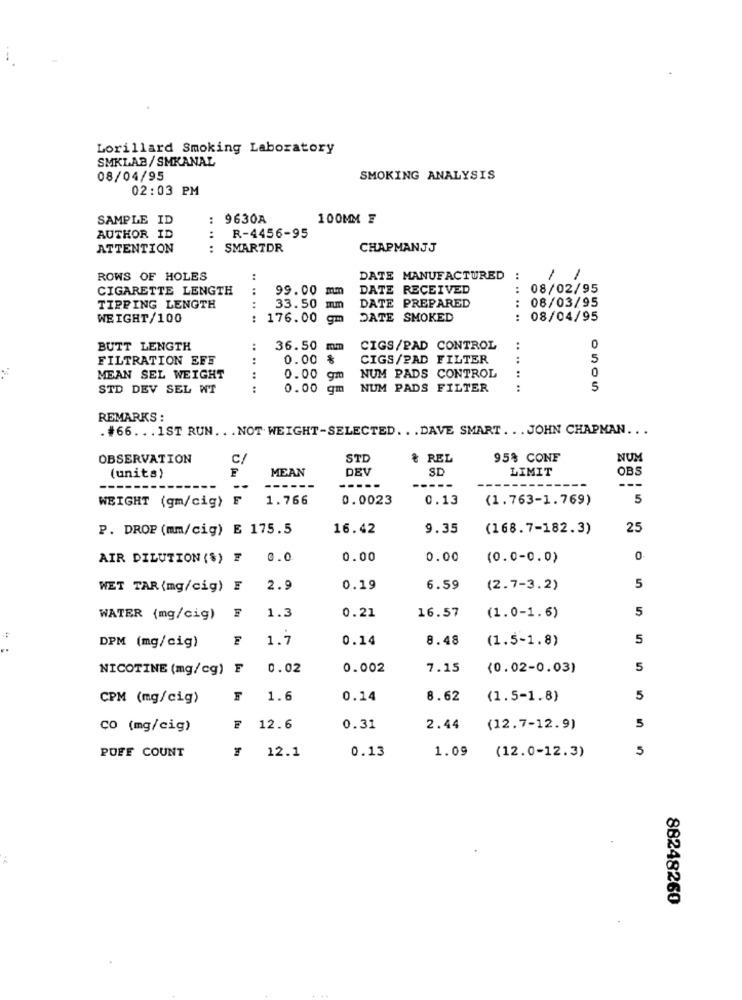
Lorillard Smoking Laboratory
SMKLAB/ SMKANAL
08/04/95
SMOKING ANALYSIS
02:03 PM
SAMPLE ID
9630A
100MM E
R-4456-95
AUTHOR ID
:
ATTENTION
:
SMARTDR
CHAPMANJJ
ROWS OF HOLES
.. ....
DATE MANUFACTURED
:
1
1
CIGARETTE LENGTH
99.00
mm
DATE RECEIVED
..
08/02/95
DATE PREPARED
08/03/95
TIPPING LENGTH
33.50 mm
:
WEIGHT/100
: 176.00 gm
DATE SMOKED
: 08/04/95
BUTT LENGTH
..
36.50 mm
CIGS/PAD CONTROL
..
FILTRATION EFF
..
0.00 %
CIGS/PAD FILTER
5
NUM PADS CONTROL
MEAN SEL WEIGHT
..
0.00 g
STD DEV SEL WT
0.00 gm
NUM PADS FILTER
:
5
REMARKS :
.#66. .. 1ST RUN ... NOT. WEIGHT-SELECTED. . . DAVE SMART ... JOHN CHAPMAN ...
OBSERVATION
C/
STD
& REL
95% CONF
NUM
MEAN
DEV
SD
LIMIT
OBS
(units)
-----
-----
---
---
WEIGHT (gm/cig) F
1.766
0.0023
0.13
(1.763-1.769)
5
P. DROP (mm/cig) E 175.5
16.42
9.35
(168.7-182.3)
25
AIR DILUTION ($) F
0.0
0.00
0.00
(0.0-0.0)
0
5
WET TAR (mg/cig) E
2.9
0.19
6.59
(2.7-3.2)
0.21
5
WATER (mg/cig)
1.3
16.57
(1.0-1.6)
DPM (mg/cig)
1.7
0.14
8.48
(1.5-1.8)
5
NICOTINE (mg/cg) F
0.02
0.002
7.15
(0.02-0.03)
5
CPM (mg/cig)
1.6
0.14
8.62
(1.5-1.8)
5
CO (mg/cig)
12.6
0.31
2.44
(12.7-12.9)
5
PUFF COUNT
12.1
0.13
1.09
(12.0-12.3)
5
88248260